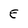
Character: E